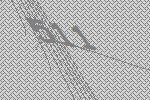
511